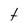
Character: t